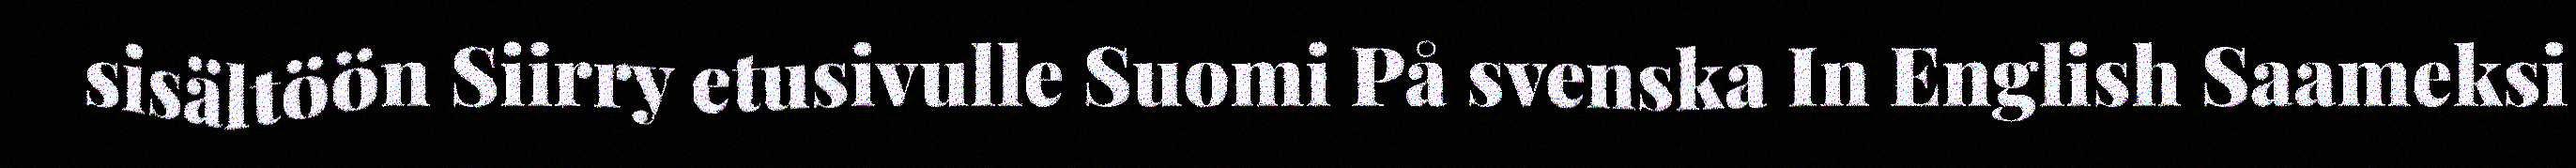
sisältöön Siirry etusivulle Suomi På svenska In English Saameksi